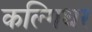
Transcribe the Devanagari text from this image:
कल्गिधर